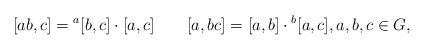
\begin{align*}[ab,c]={}^a[b,c]\cdot[a,c]\qquad[a,bc]=[a,b]\cdot {}^b[a,c],a,b,c\in G,\end{align*}